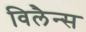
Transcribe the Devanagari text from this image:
विलैन्स